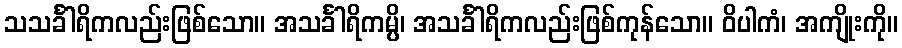
သသင်္ခါရိကလည်းဖြစ်သော။ အသင်္ခါရိကမ္ပိ၊ အသင်္ခါရိကလည်းဖြစ်ကုန်သော။ ဝိပါကံ၊ အကျိုးကို။